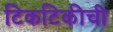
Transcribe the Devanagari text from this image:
टिकटिकीची